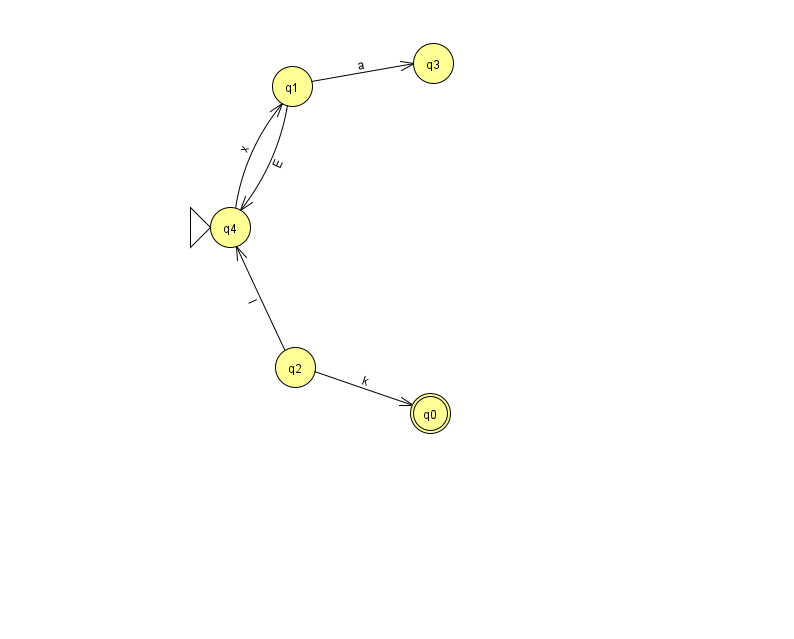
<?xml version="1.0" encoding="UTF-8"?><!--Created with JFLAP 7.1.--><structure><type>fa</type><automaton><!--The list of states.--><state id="0" name="q0"><x>430.0</x><y>400.0</y><final/></state><state id="1" name="q1"><x>292.0</x><y>73.0</y></state><state id="2" name="q2"><x>295.0</x><y>354.0</y></state><state id="3" name="q3"><x>433.0</x><y>50.0</y></state><state id="4" name="q4"><x>230.0</x><y>214.0</y><initial/></state><!--The list of transitions.--><transition><from>4</from><to>1</to><read>x</read></transition><transition><from>1</from><to>3</to><read>a</read></transition><transition><from>2</from><to>4</to><read>l</read></transition><transition><from>1</from><to>4</to><read>E</read></transition><transition><from>2</from><to>0</to><read>k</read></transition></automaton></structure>